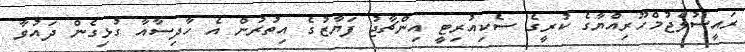
ރައީސުލްޖުމްހޫރިއްޔާގެ ކުރީގެ ސެކިއުރިޓީ އިންޗާޖު ފަޔާޒުގެ އިތުރުން އެ ހާދިސާއާ ގުޅިގެން ދައުވާ